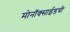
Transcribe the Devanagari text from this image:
मोनॉक्साईडची